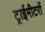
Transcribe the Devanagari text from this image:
ट्राईमीटरों